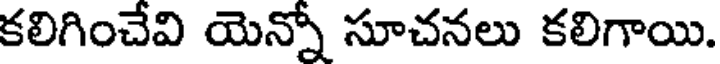
కలిగించేవి యెన్నో సూచనలు కలిగాయి.